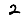
Digit: 2